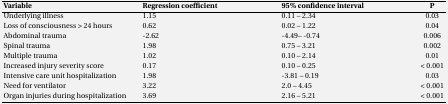
<table><thead><tr><td><b>Variable </b></td><td><b>Regression coefficient</b></td><td><b>95% confidence interval</b></td><td><b>P</b></td></tr></thead><tbody><tr><td><b>Underlying illness </b></td><td>1.15</td><td>0.11 – 2.34</td><td>0.03</td></tr><tr><td><b>Loss of consciousness &gt; 24 hours</b></td><td>0.62</td><td>0.02 – 1.22</td><td>0.04</td></tr><tr><td><b>Abdominal trauma</b></td><td>-2.62</td><td>-4.49 - -0.74</td><td>0.006</td></tr><tr><td><b>Spinal trauma</b></td><td>1.98</td><td>0.75 – 3.21</td><td>0.002</td></tr><tr><td><b>Multiple trauma </b></td><td>1.02</td><td>0.10 – 2.14</td><td>0.01</td></tr><tr><td><b>Increased</b><b>injury severity score</b></td><td>0.17</td><td>0.10 – 0.25</td><td>&lt; 0.001</td></tr><tr><td><b>Intensive care unit hospitalization</b></td><td>1.98</td><td>-3.81 – 0.19</td><td>0.03</td></tr><tr><td><b>Need for ventilator</b></td><td>3.22</td><td>2.0 – 4.45</td><td>&lt; 0.001</td></tr><tr><td><b>Organ injuries during hospitalization</b></td><td>3.69</td><td>2.16 – 5.21</td><td>&lt; 0.001</td></tr></tbody></table>